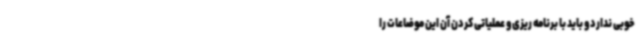
خوبی ندارد و باید با برنامه ریزی و عملیاتی کردن آن این موضاعات را